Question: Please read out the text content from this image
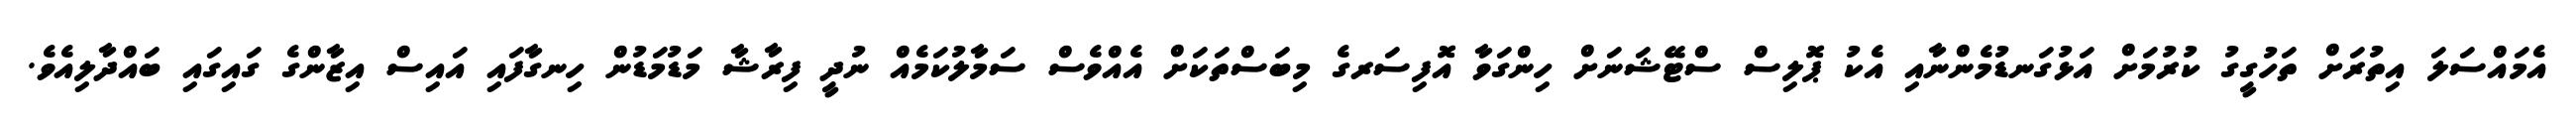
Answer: އެމައްސަލަ އިތުރަށް ތަހުގީގު ކުރުމަށް އަޅުގަނޑުމެންނާއި އެކު ޕޮލިސް ސްޓޭޝަނަށް ހިންގަވާ އޮފިސަރގެ މިބަސްތަކަށް އެއްވެސް ސަމާލުކަމެއް ނުދީ ފިރާޝާ މަޑުމަޑުން ހިނގާފައި އައިސް އިޒާންގެ ގައިގައި ބައްދާލިއެވެ.